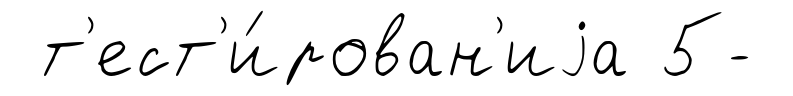
т'ест'и́рован'иjа 5-